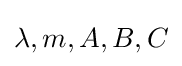
\lambda ,m,A,B,C